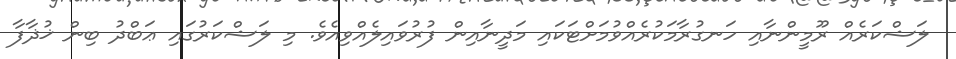
ލަޝްކަރެއް ރޫމީންނާއި ހަނގުރާމަކުރެއްވުމަށްޓަކައި މަދީނާއިން ފުރުވައިލެއްވިއެވެ. މި ލަޝްކަރުގައި ޢަބްދު ބިން ޚުޛާފާ